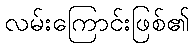
လမ်းကြောင်းဖြစ်၏